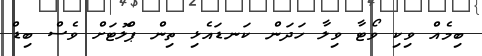
ބިމެއް ވިކި ވޯޓާ ވިލާ ހަދަން ކަނޑައެޅި ތިން ޕްލޮޓަށް ވެސް ބިޑް